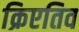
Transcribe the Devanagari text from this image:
क्रिएतिव